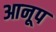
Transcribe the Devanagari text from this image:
आनूप